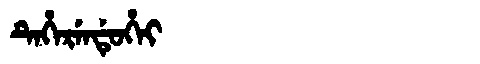
Manchu: ᡨᡝᡥᡝᡵᡝᠨᡩᡠᡥᡝᡳ
Romanization: TEHERENDUHEI